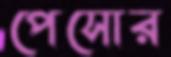
পেসোর